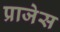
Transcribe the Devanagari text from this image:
प्राजेस